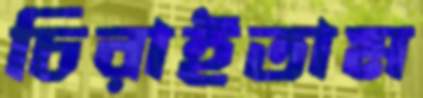
চিরাইতাম